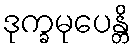
ဒုက္ခမုပေန္တိ